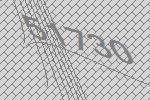
51730